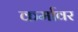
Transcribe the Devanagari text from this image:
कर्मावर